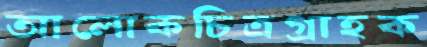
আলোকচিত্রগ্রাহক